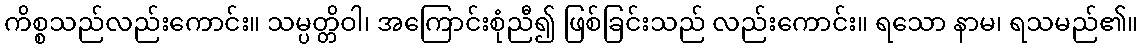
ကိစ္စသည်လည်းကောင်း။ သမ္ပတ္တိဝါ၊ အကြောင်းစုံညီ၍ ဖြစ်ခြင်းသည် လည်းကောင်း။ ရသော နာမ၊ ရသမည်၏။